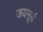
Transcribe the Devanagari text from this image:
जयसूर्य